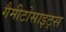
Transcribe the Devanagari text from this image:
गैमीटोसाइट्स